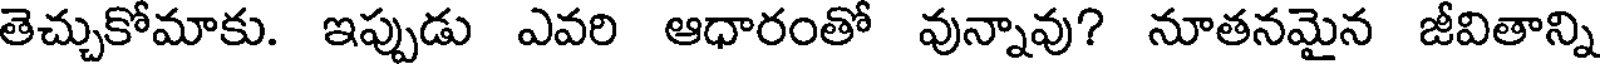
తెచ్చుకోమాకు. ఇప్పుడు ఎవరి ఆధారంతో వున్నావు? నూతనమైన జీవితాన్ని